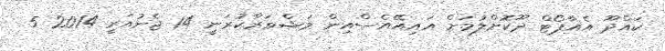
ކައްދޫ އެއާޕޯޓް ދޫކޮށްލުމަށް އައިއޭއެސްއިން މަޝްވަރާކުރަނީ 14 ޖެނުއަރީ 2014 5